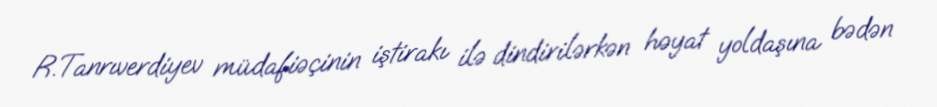
R.Tanrıverdiyev müdafiəçinin iştirakı ilə dindirilərkən həyat yoldaşına bədən